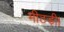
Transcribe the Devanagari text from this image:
मीठड़ी।